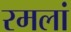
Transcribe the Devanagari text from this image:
रमलां